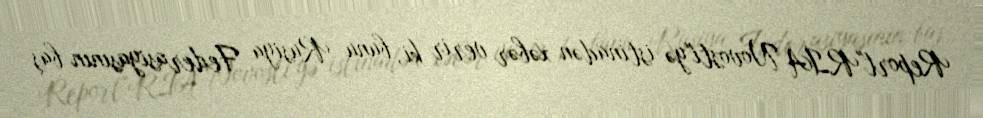
Report"RİA Novosti"yə istinadən xəbər verir ki, bunu Rusiya Federasiyasının baş